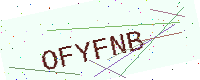
Text: OFYFNB